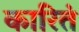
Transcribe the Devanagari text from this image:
कारितं